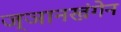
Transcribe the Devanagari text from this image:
ज्ञानखंगेन